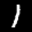
Label: 1